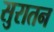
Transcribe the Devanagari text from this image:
सुरातन